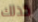
كذلك